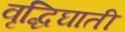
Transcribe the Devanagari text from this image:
वृद्धिघाती